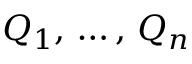
Q _ { 1 } , \, \ldots , \, Q _ { n }